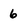
Character: 6